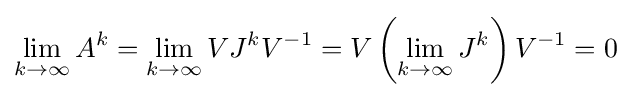
\lim _{k\to \infty }A^{k}=\lim _{k\to \infty }VJ^{k}V^{-1}=V\left(\lim _{k\to \infty }J^{k}\right)V^{-1}=0